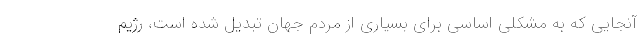
آنجایی که به مشکلی اساسی برای بسیاری از مردم جهان تبدیل شده است، رژیم